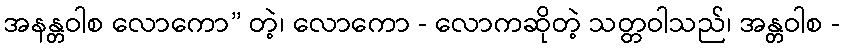
အနန္တဝါစ လောကော” တဲ့၊ လောကော - လောကဆိုတဲ့ သတ္တဝါသည်၊ အန္တဝါစ -